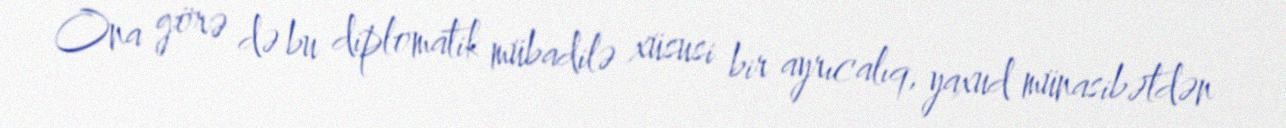
Ona görə də bu diplomatik mübadilə xüsusi bir ayrıcalıq, yaxud münasibətdən